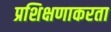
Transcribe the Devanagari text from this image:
प्रशिक्षणाकरता